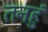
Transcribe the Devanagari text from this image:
तनहुं